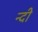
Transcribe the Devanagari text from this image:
न्दी